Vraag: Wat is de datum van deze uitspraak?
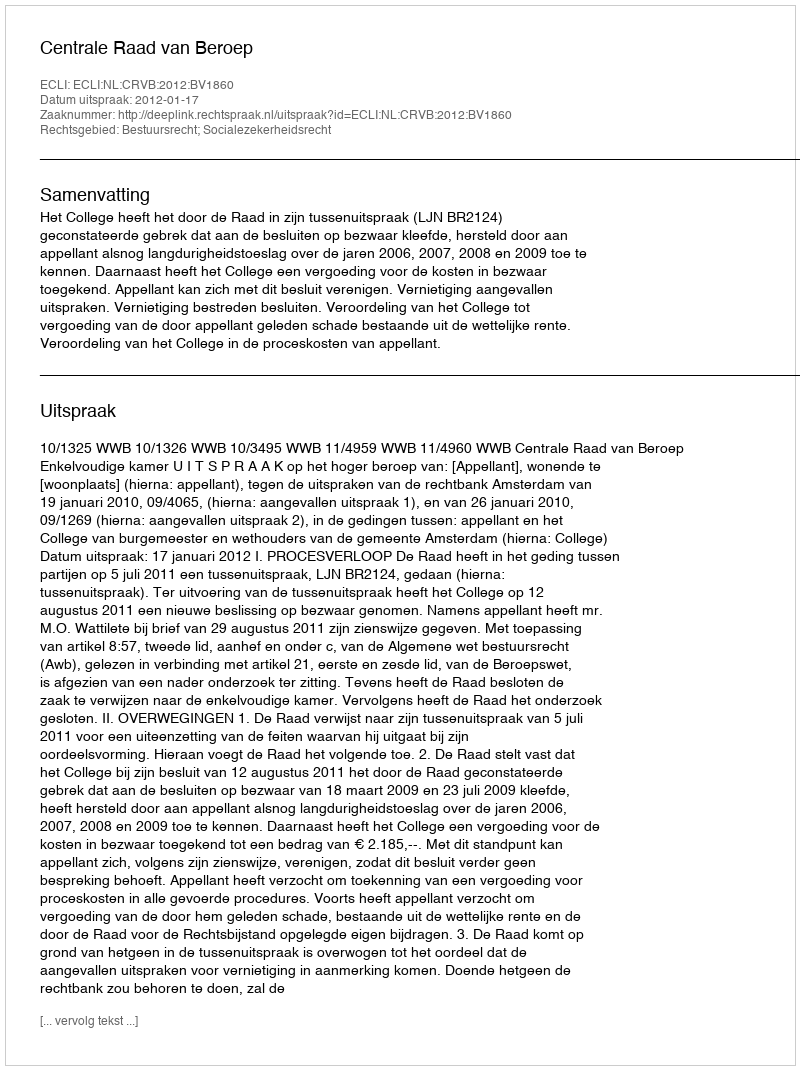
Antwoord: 2012-01-17